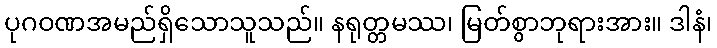
ပုဂဝဏအမည်ရှိသောသူသည်။ နရုတ္တမဿ၊ မြတ်စွာဘုရားအား။ ဒါနံ၊